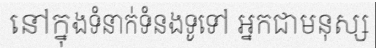
នៅក្នុងទំនាក់ទំនងទូទៅ អ្នកជាមនុស្ស